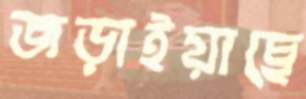
জড়াইয়াছে